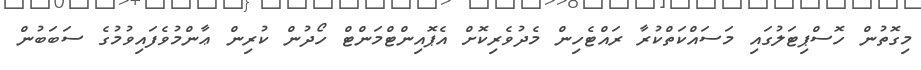
މިގޮތުން ހޮސްޕިޓަލުގައި މަސައްކަތްކުރާ ރައްޓެހިން މެދުވެރިކޮށް އެޕޮއިންޓްމަންޓް ހޯދުން ކުރިން ޢާންމުވެފައިވުމުގެ ސަބަބުން